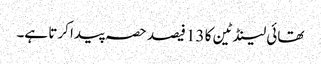
تھائی لینڈ ٹین کا 13 فیصد حصہ پیدا کرتا ہے۔